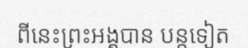
ពីនេះព្រះអង្គបាន បន្តទៀត